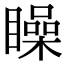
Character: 矂